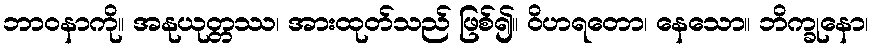
ဘာဝနာကို။ အနုယုတ္တဿ၊ အားထုတ်သည် ဖြစ်၍။ ဝိဟရတော၊ နေသော။ ဘိက္ခုနော၊